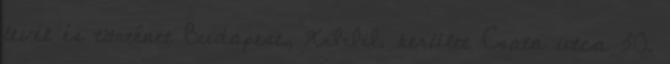
levél és történet Budapest, XIII. kerület Csata utca 30.